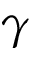
\gamma